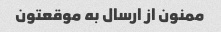
ممنون از ارسال به موقعتون